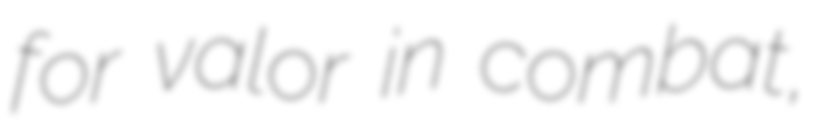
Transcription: for valor in combat,